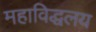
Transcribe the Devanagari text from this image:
महाविद्धलय